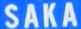
SAKA